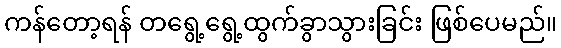
ကန်တော့ရန် တရွေ့ရွေ့ထွက်ခွာသွားခြင်း ဖြစ်ပေမည်။